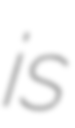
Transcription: is